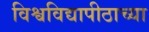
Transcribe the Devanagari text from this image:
विश्वविद्यापीठाच्या